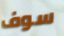
سوف